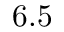
6 . 5